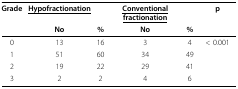
| Grade | <underline>Hypofractionation</underline> |  | <underline>Conventional fractionation</underline> |  | p |
 |  | No | % | No | % |  |
 | --- | --- | --- | --- | --- | --- |
 | 0 | 13 | 16 | 3 | 4 | < 0.001 |
 | 1 | 51 | 60 | 34 | 49 |  |
 | 2 | 19 | 22 | 29 | 41 |  |
 | 3 | 2 | 2 | 4 | 6 |  |